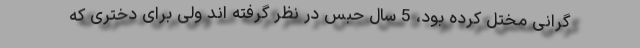
گرانی مختل کرده بود، 5 سال حبس در نظر گرفته اند ولی برای دختری که